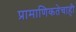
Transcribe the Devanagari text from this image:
प्रामाणिकतेचाही